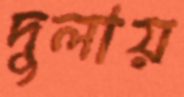
দুলায়